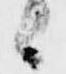
々